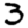
Digit: 3